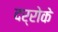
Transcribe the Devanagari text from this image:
दर्रोके